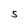
Character: S